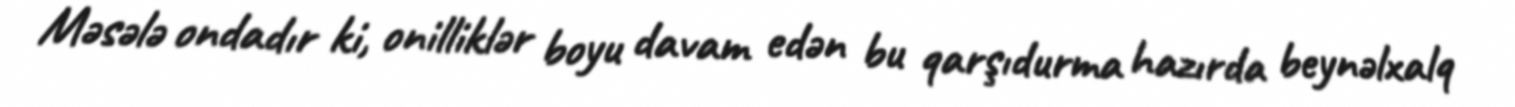
Məsələ ondadır ki, onilliklər boyu davam edən bu qarşıdurma hazırda beynəlxalq